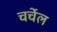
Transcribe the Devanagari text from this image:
चर्चेल